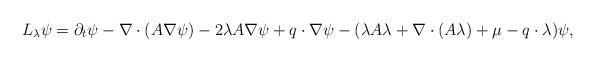
LaTeX: \begin{align*} L_{\lambda} \psi = \partial_{t}\psi - \nabla\cdot (A\nabla \psi) -2\lambda A \nabla \psi+q\cdot\nabla\psi-(\lambda A\lambda+\nabla\cdot(A\lambda)+\mu-q\cdot\lambda)\psi,\end{align*}